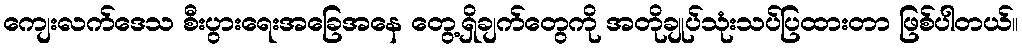
ကျေးလက်ဒေသ စီးပွားရေးအခြေအနေ တွေ့ရှိချက်တွေကို အတိုချုပ်သုံးသပ်ပြထားတာ ဖြစ်ပါတယ်။